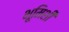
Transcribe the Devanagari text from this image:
भूमिशी